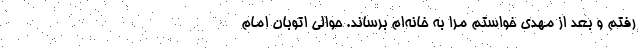
رفتم و بعد از مهدی خواستم مرا به خانه‌ام برساند. حوالی اتوبان امام